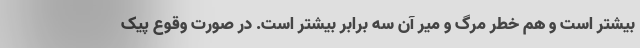
بیشتر است و هم خطر مرگ و میر آن سه برابر بیشتر است. در صورت وقوع پیک